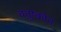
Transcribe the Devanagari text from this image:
चतुष्कोन